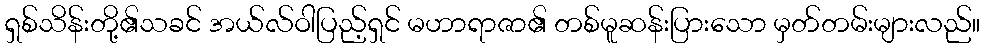
ရှစ်သိန်းတို့၏သခင် အယ်လ်ဝါပြည့်ရှင် မဟာရာဇာ၏ တစ်မူဆန်းပြားသော မှတ်တမ်းများလည်။